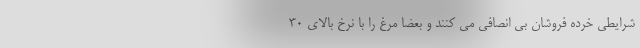
شرایطی خرده فروشان بی انصافی می کنند و بعضا مرغ را با نرخ بالای ۳۰